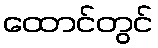
ထောင်တွင်